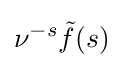
\nu ^{-s}{\tilde {f}}(s)